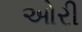
ઓરી